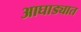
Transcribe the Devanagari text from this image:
आघाड्यात